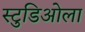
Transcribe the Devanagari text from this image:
स्टुडिओला